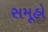
સમૂહો